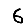
Digit: 6